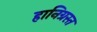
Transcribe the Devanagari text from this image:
हानिग्रस्त